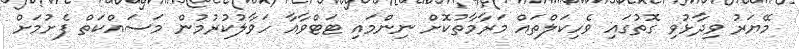
މޭޔަރު ވިދާޅުވި ގޮތުގައި ވެހިކަލްތައް މަރާމާތުކޮށް ނިންމައި ޓަޓްވާއާ ހަވާލުކުރުމުން މަސައްކަތް ފެށުމަށް